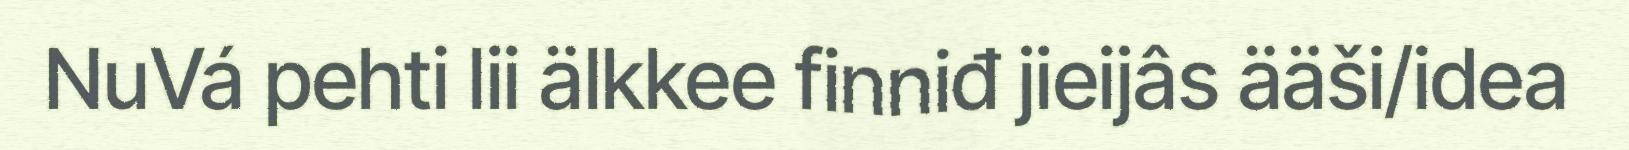
NuVá pehti lii älkkee finniđ jieijâs ääši/idea